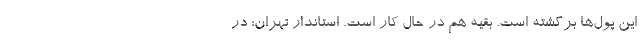
این پول‌ها برگشته است. بقیه هم در حال کار است. استاندار تهران: در